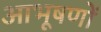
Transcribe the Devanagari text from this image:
आभूषणों